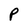
Character: P